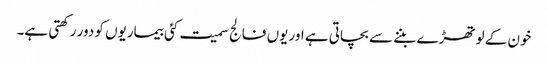
خون کے لوتھڑے بننے سے بچاتی ہے اور یوں فالج سمیت کئی بیماریوں کو دور رکھتی ہے۔